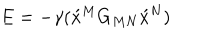
E = - \gamma ( \acute { x } \vphantom { x } ^ { M } G _ { M N } \acute { x } \vphantom { x } ^ { N } )